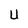
Character: U